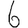
Digit: 6